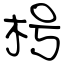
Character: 枵